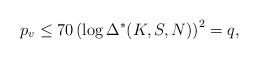
LaTeX: \begin{align*}p_v \leq 70 \left( \log \Delta^*(K,S,N) \right)^2 = q,\end{align*}